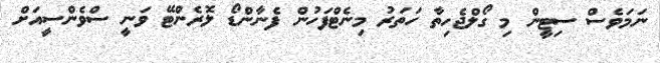
ނަމަވެސް ސިޓީން މި ގޯލްޖެހިތާ ހަތަރު މިނެޓްފަހުން ފެނާންޑޯ ލޮރެންޓޭ ވަނީ ސްވެންސީއަށް